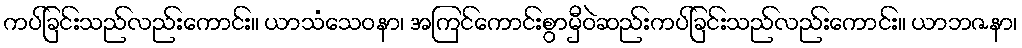
ကပ်ခြင်းသည်လည်းကောင်း။ ယာသံသေဝနာ၊ အကြင်ကောင်းစွာမှီဝဲဆည်းကပ်ခြင်းသည်လည်းကောင်း။ ယာဘဇနာ၊